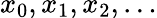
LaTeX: x_{0},x_{1},x_{2},\ldots